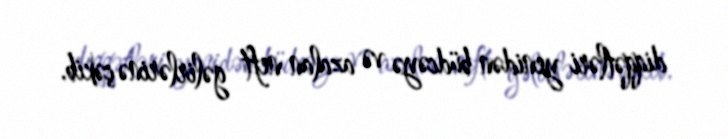
diqqətləri yenidən büdcəyə və azalan neft gəlirlərinə çəkib.